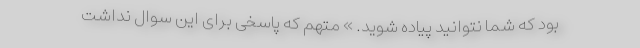
بود که شما نتوانید پیاده شوید. » متهم که پاسخی برای این سوال نداشت